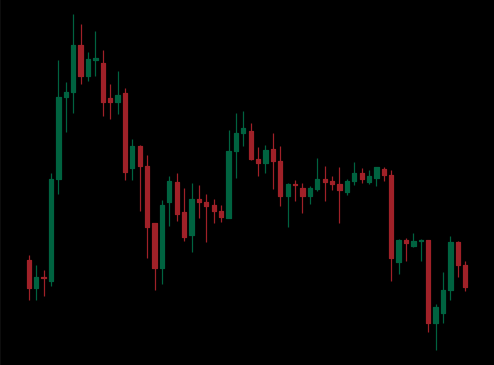
Pattern: unclassified